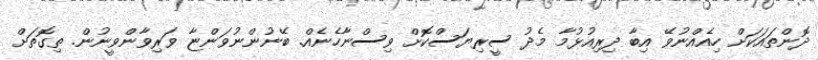
ދޮންތައަކަށް ހިއެއްނުވޭ އިބާ ދިރިއުޅުމާ މެދު ސީރިޔަސްކޮށް ވިސްނާހެނެއް. ބޭނުންނުވަންޏާ ވަރިވާންވީނުން. ތިގޮތަށް